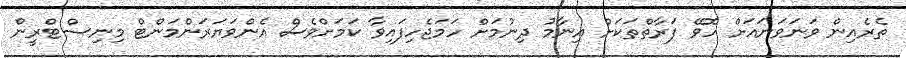
ތެރެއިން ވަނަވަަނައަށް ހޮވޭ ފަރާތްތަކަށް އިނާމު ދިނުމަށް ހަމަޖެހިފައިވާ ކަމަށްވެސް އެންވަޔަރަންމަންޓް މިނިސްޓްރީން